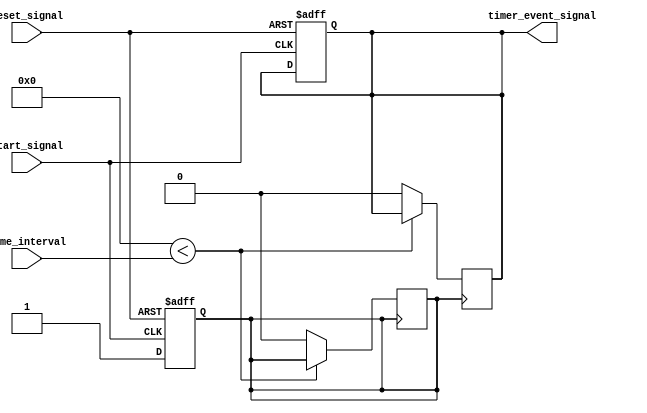
module TimerEventControl (
    input wire start_signal,          // Control input to start the timer
    input wire reset_signal,          // Control input to reset the timer
    input wire [31:0] time_interval,  // Time interval for counting
    output reg timer_event_signal      // Output indicating timer event occurrence
);
    reg [31:0] counter;               // Internal counter
    reg counting;                     // State to check if counting is active

    // Initialization
    initial begin
        counter = 32'b0;              // Start counter at 0
        timer_event_signal = 1'b0;    // Timer event signal is initially low
        counting = 1'b0;              // Timer not counting at start
    end

    // Timer process
    always @(posedge start_signal or posedge reset_signal) begin
        if (reset_signal) begin
            // Reset conditions
            counter <= 32'b0; 
            timer_event_signal <= 1'b0; 
            counting <= 1'b0; 
        end else if (start_signal) begin
            // Start the counting process
            counting <= 1'b1;
            counter <= 32'b0; // Reset counter when starting
        end
    end

    // Count the timer
    always @(posedge counting) begin
        if (counter < time_interval) begin
            counter <= counter + 1; // Increment counter
        end else begin
            timer_event_signal <= 1'b1; // Generate timer event
            counting <= 1'b0; // Stop counting after event generation

            // Optionally wait for a short duration before resetting the signal
            #1 timer_event_signal <= 1'b0; // Assert event for 1 time unit
        end
    end

    // Continuous operation on each simulation time unit
    always begin
        // Timer control loop for continuous event generation
        if (counting) begin
            #1; // Wait for 1 time unit
        end
    end
endmodule